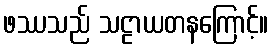
ဖဿသည် သဠာယတနကြောင့်။